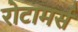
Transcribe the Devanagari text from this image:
रोटामर्स